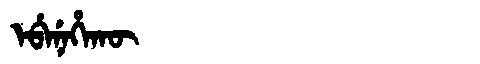
Manchu: ᡝᠪᡝᠨᡝᡥᠠᡴᡡ
Romanization: EBENEHAKŪ